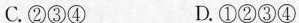
C.②③④ D.①②③④